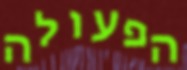
הפעולה